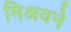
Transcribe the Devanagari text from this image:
मिश्रवने